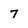
Character: 7